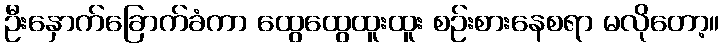
ဦးနှောက်ခြောက်ခံကာ ထွေထွေထူးထူး စဉ်းစားနေစရာ မလိုတော့။